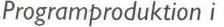
Programproduktion i